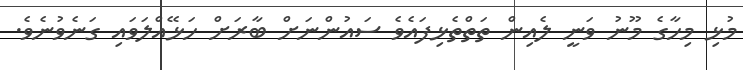
މުޅި މިހާގެ މޫނު ވަނީ ލެއިން ތަތްތެޅިފައެވެ ސައުންނަށް ބާރަށް ހަޅޭއްލަވައި ގަނެވުނެވެ.